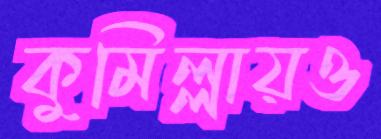
কুমিল্লায়ও